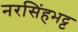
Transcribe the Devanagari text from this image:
नरसिंहभट्ट